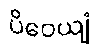
ပိဝေယျံ